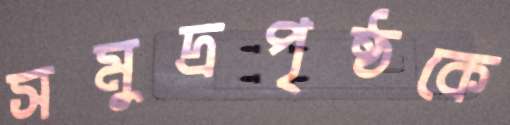
সমুদ্রপৃষ্ঠকে